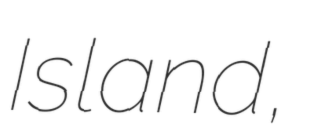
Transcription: Island,